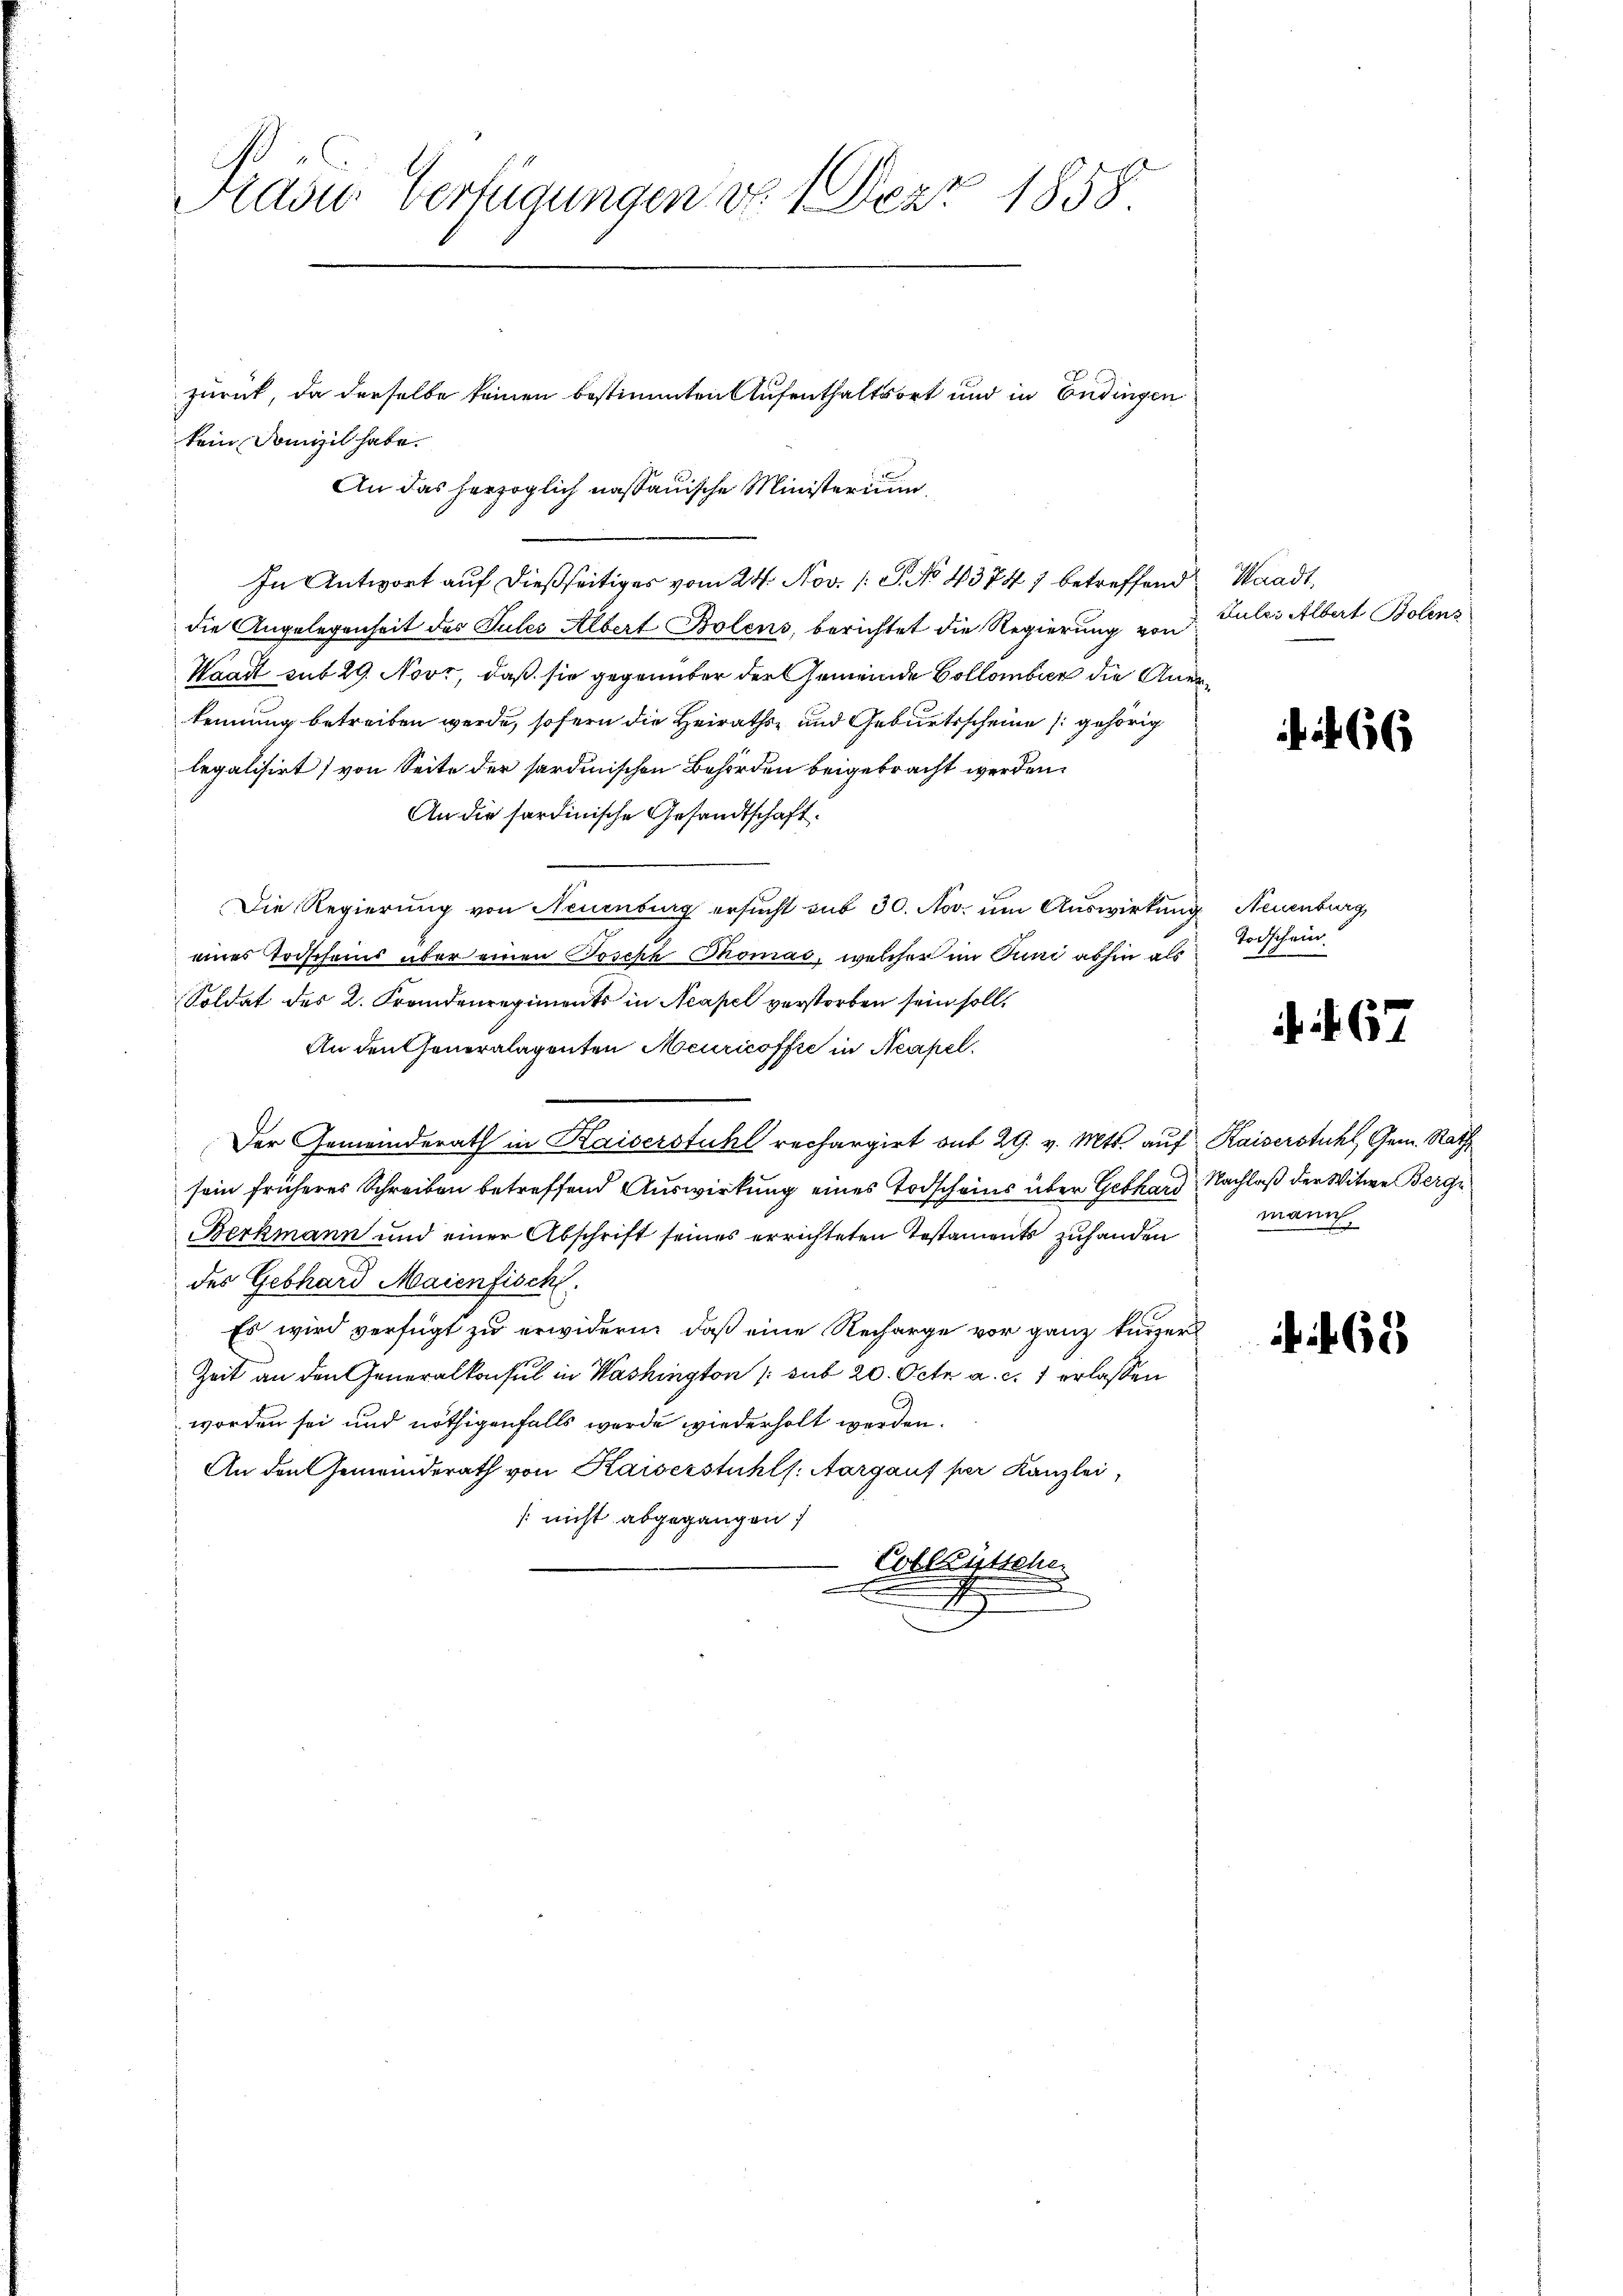
Präsid. Verfügungen d. 1. Dez. 1858.

zurück, da derselbe keinen bestimmten Aufenthaltsort und in Endingen
kein Domizil habe.
In Antwort auf dießseitiges vom 24. Nov. 1 S. No 43747 betreffend Waadt,
die Angelegenheit des Pules Albert Bolens, berichtet die Regierung von
Waadt sub 29. Novr, daß sie gegenüber der Gemeinde Collombier die Anerkennung betreiben werde, sofern die Heiraths- und Geburtsscheine gehörig
legalisirt) von Seite der sardinischen Behörden beigebracht werden.
An die sardinische Gesandtschaft.
Die Regierung von Neuenburg ersucht sub 30. Nov. um Auswirkung Neuenburg,
eines Todscheins über einen Joseph Thomas, welcher im Juni abhin als
Soldat des 2. Frandenregiments in Neapel verstorben sein soll.
An den Generalagenten Meuricoffe in Neapel
Der Gemeinderath in Kaiserstuhl rechargirt auf 29. v. Mts. auf Kaiserstuhl, Gem. Rath
sein früheres Schreiben betreffend Auswirkung eines Todscheins über Gebhard, Nachlaß der Witwe Bergi
Berkmann und einer Abschrift seines errichteten Testaments zuhanden
des Gebhard Maienfisch
Es wird verfügt zu erwidern, daß eine Recharge vor ganz kurzer
Zeit an den Generalkonsul in Washington /: sub 20. Oct. a. c. 1 erlassen
worden sei und nöthigenfalls werde wiederholt werden.
An den Gemeinderath von Kaiserstuhls. Aargauf per Kanzlei,
s nicht abgegangen;
Cobleistehe
x

An das herzoglich naßauische Ministerium

Juler Albert Polens

Todschein

67

mann.

62